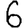
Digit: 6